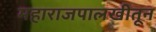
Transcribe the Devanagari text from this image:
महाराजपालखीतून